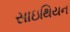
સાઇથિયન